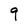
Character: 9